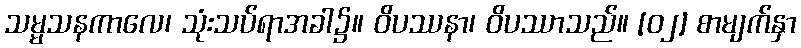
သမ္မသနကာလေ၊ သုံးသပ်ရာအခါ၌။ ဝိပဿနာ၊ ဝိပဿာသည်။ [၀၂] စာမျက်နှာ